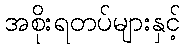
အစိုးရတပ်များနှင့်